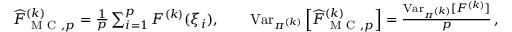
\begin{array} { r } { \widehat { F } _ { \mathrm { ~ M ~ C ~ } , p } ^ { ( k ) } = \frac { 1 } { p } \sum _ { i = 1 } ^ { p } F ^ { ( k ) } ( \xi _ { i } ) , \qquad \operatorname { V a r } _ { \pi ^ { ( k ) } } \left[ \widehat { F } _ { \mathrm { ~ M ~ C ~ } , p } ^ { ( k ) } \right] = \frac { \operatorname { V a r } _ { \pi ^ { ( k ) } } [ F ^ { ( k ) } ] } { p } \, , } \end{array}